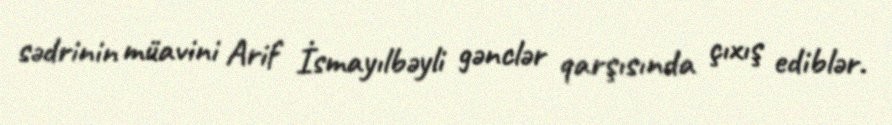
sədrinin müavini Arif İsmayılbəyli gənclər qarşısında çıxış ediblər.